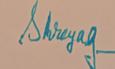
Signature authenticity: genuine